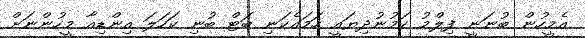
އެމީހުން ބުނަނީ ފިލްމު ކަމުނުދިޔައީ ހަމައެކަނި ބަޓް ބުނި ކަހަލަ އިންޑިއާ މީހުންނަށް